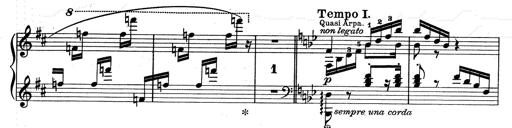
Title: Aus Lohengrin
Composer: Franz Liszt